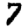
Digit: 7